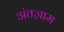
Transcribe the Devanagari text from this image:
अंतज़ाम